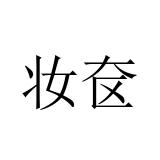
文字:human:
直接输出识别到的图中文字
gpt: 妆奁